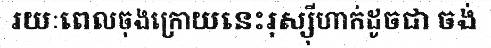
រយៈពេលចុងក្រោយនេះរុស្ស៊ីហាក់ដូចជា ចង់